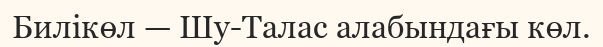
Билікөл — Шу-Талас алабындағы көл.